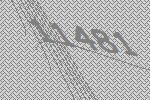
11481